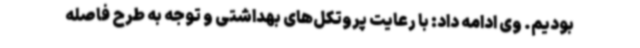
بودیم. وی ادامه داد: با رعایت پروتکل‌های بهداشتی و توجه به طرح فاصله